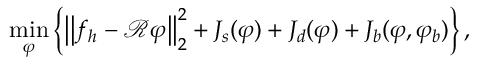
\displaystyle { \operatorname* { m i n } _ { \varphi } } \left\{ \left| \left| f _ { h } - \mathcal { R } \varphi \right| \right| _ { 2 } ^ { 2 } + J _ { s } ( \varphi ) + J _ { d } ( \varphi ) + J _ { b } ( \varphi , \varphi _ { b } ) \right\} ,